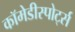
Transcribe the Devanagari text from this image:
कॉमेडीस्पोर्ट्स